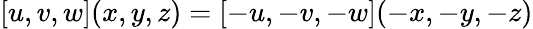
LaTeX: [u,v,w](x,y,z)=[-u,-v,-w](-x,-y,-z)